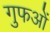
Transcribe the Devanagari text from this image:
गुफओं